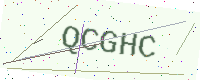
Text: QCGHC